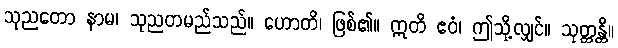
သုညတော နာမ၊ သုညတမည်သည်။ ဟောတိ၊ ဖြစ်၏။ ဣတိ ဧဝံ၊ ဤသို့လျှင်။ သုတ္တန္တိ။